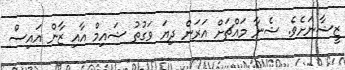
ޒީޝާނަށެވެ. ޝެނާ މައްޗަށް އަރަން ދިޔަ ވަގުތު ޝައިމް އާއި ޒާން އައިސް